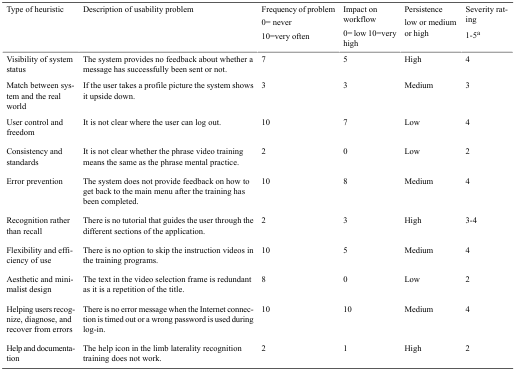
| Type of heuristic | Description of usability problem | Frequency of problem 0= never 10=very often | Impact on workflow 0= low 10=very high | Persistence low or medium or high | Severity rating 1-5a |
 | --- | --- | --- | --- | --- | --- |
 | Visibility of system status | The system provides no feedback about whether a message has successfully been sent or not. | 7 | 5 | High | 4 |
 | Match between system and the real world | If the user takes a profile picture the system shows it upside down. | 3 | 3 | Medium | 3 |
 | User control and freedom | It is not clear where the user can log out. | 10 | 7 | Low | 4 |
 | Consistency and standards | It is not clear whether the phrase video training means the same as the phrase mental practice. | 2 | 0 | Low | 2 |
 | Error prevention | The system does not provide feedback on how to get back to the main menu after the training has been completed. | 10 | 8 | Medium | 4 |
 | Recognition rather than recall | There is no tutorial that guides the user through the different sections of the application. | 2 | 3 | High | 3-4 |
 | Flexibility and efficiency of use | There is no option to skip the instruction videos in the training programs. | 10 | 5 | Medium | 4 |
 | Aesthetic and minimalist design | The text in the video selection frame is redundant as it is a repetition of the title. | 8 | 0 | Low | 2 |
 | Helping users recognize, diagnose, and recover from errors | There is no error message when the Internet connection is timed out or a wrong password is used during log-in. | 10 | 10 | Medium | 4 |
 | Help and documentation | The help icon in the limb laterality recognition training does not work. | 2 | 1 | High | 2 |